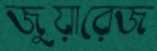
জুয়ারেজ